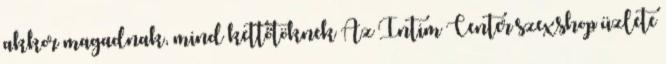
akkor magadnak, mind kettőtöknek Az Intim Center szexshop üzlete